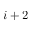
i + 2